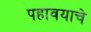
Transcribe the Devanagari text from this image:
पहावयाचे